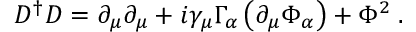
D ^ { \dagger } D = \partial _ { \mu } \partial _ { \mu } + i \gamma _ { \mu } \Gamma _ { \alpha } \left( \partial _ { \mu } \Phi _ { \alpha } \right) + \Phi ^ { 2 } \; .